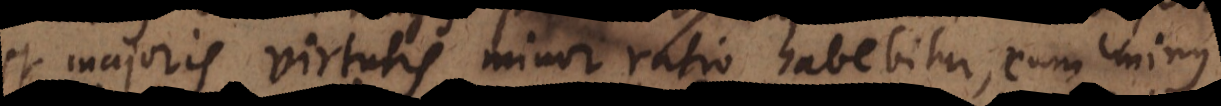
et majoris virtutis minor ratio habebitur, cum minus